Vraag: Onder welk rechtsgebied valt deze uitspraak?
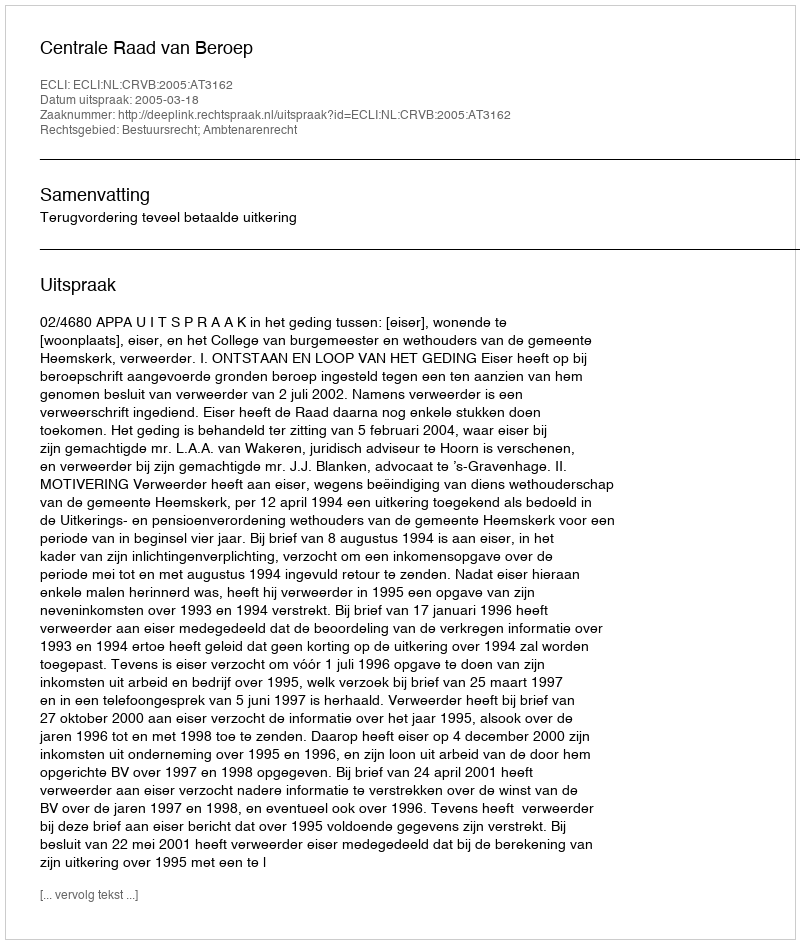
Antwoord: Bestuursrecht; Ambtenarenrecht